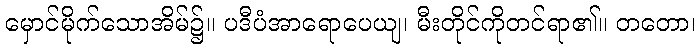
မှောင်မိုက်သောအိမ်၌။ ပဒီပံအာရောပေယျ၊ မီးတိုင်ကိုတင်ရာ၏။ တတော၊